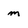
Character: m